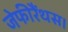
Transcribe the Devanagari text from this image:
जेफीरैंथस।